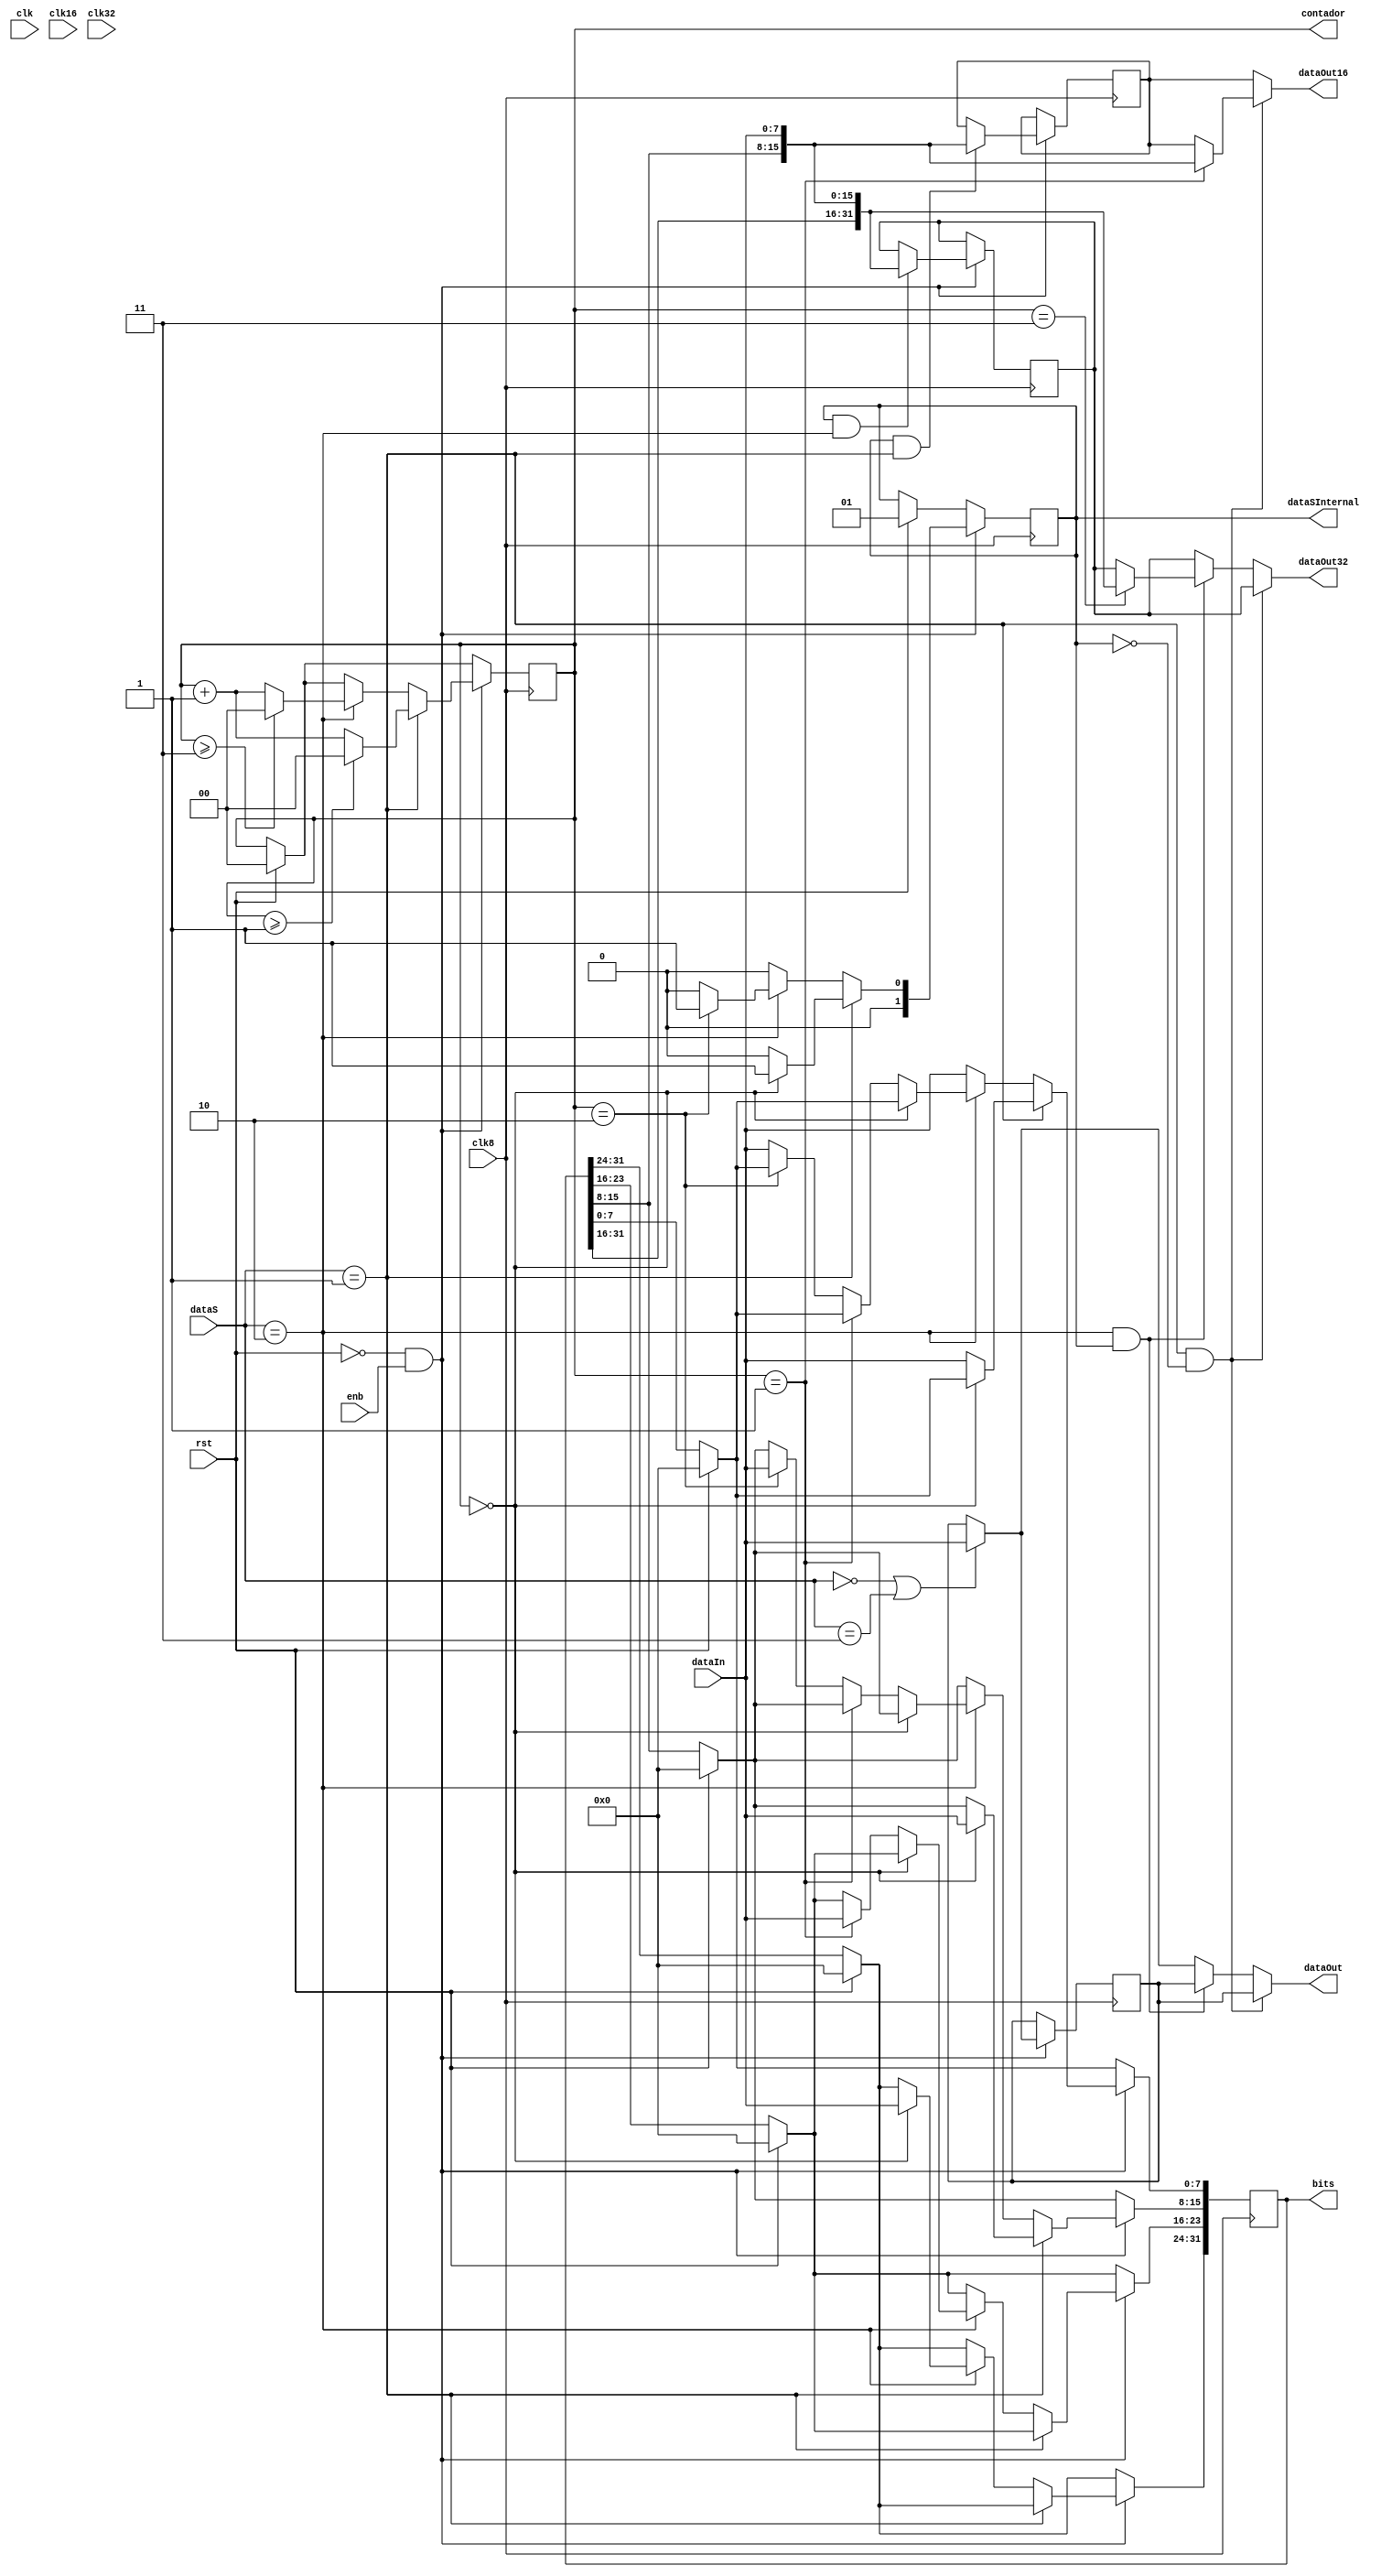
`timescale 1ns/1ps

// convierte una seal seleccionada por dataS de 8 a n bits segun sea el caso.
// dataS = 00 o 11 -> funcionamiento para 8 bits
// dataS = 01 -> funcionamiento para 16 bits
// dataS = 10 -> funcionamiento para 32 bits
module from8bit(
  rst, enb,
  clk, clk8, clk16, clk32,
  dataIn,
  dataS,
  dataOut, dataOut16, dataOut32,
  // estas salidas no son necesarias,
  // se agregan para ver sus ondas en
  // gtkwave
  bits,
  contador,
  dataSInternal
);
  //parametro para selecionar posicion en la memoria de contador
  parameter PwrC=0;

  // Seales bsicas
  input wire rst;
  input wire enb;
  input wire clk;   // reloj con frecuencia mxima(para resets)
  input wire clk8;  // reloj con frecuencia base
  input wire clk16; // reloj con mitad de frecuencia base
  input wire clk32; // reloj con cuarto de frecuencia base

  input wire [7:0] dataIn; // entrada serial de 8 bits
  input wire [1:0] dataS;  // seleccion de cantidad de bits de salida

  output reg [1:0] dataSInternal; // indica cual es la cantidad de bits de salida
                                // por ejemplo, cuando dataS cambia a 01, debe
                                // esperarse 2 clk8 para tener los 16 bits
                                // deseados.

  reg [7:0] dataOutreg;    // salida en modo de 8 bits
  reg [15:0] dataOut16reg; // salida en modo de 16 bits
  reg [31:0] dataOut32reg; // salida en modo de 32 bits

  output reg [7:0] dataOut;    // salida en modo de 8 bits
  output reg [15:0] dataOut16; // salida en modo de 16 bits
  output reg [31:0] dataOut32; // salida en modo de 32 bits

  output reg [31:0] bits;

  reg [7:0] outBits8;
  reg [15:0] outBits16;
  reg [31:0] outBits32;

  output reg [1:0] contador;



  always @ ( * ) begin
    if (dataS == 2'b01 && ~dataSInternal) begin
      dataOut = outBits8;
      dataOut16 = contador == 2'b01 ? {bits[15:8], dataIn} : outBits16;
      dataOut32 = outBits32;
    end else if (dataS == 2'b10 && dataSInternal) begin
      dataOut = outBits8;
      dataOut16 = outBits16;
      dataOut32 = contador == 2'b11 ? {bits[31:8], dataIn} : outBits32;
    end else begin
      dataOut = (dataS == 2'b00 || dataS == 2'b11) ? {dataIn} : outBits8;
      dataOut16 = outBits16;
      dataOut32 = outBits32;
    end
  end

  always @ (posedge clk8) begin
    if (rst) begin
      bits <= 0;
      contador <= 0;
      dataSInternal <= 1;
    end
    if (~rst && enb) begin
      outBits8 <= (dataS == 2'b00 || dataS == 2'b11) ?
                  dataIn : outBits8;
      outBits16 <= dataSInternal && dataS == 2'b01 ?
                   {bits[15:8], dataIn} : outBits16;
      outBits32 <= dataSInternal && dataS == 2'b10 ?
                   {bits[31:8], dataIn} : outBits32;
      if (dataS == 2'b01) begin
        contador <= (contador >= 2'b01) ? 2'b00 : contador + 1;
        dataSInternal <= (contador == 2'b00) ? 1 : 0;
        if (contador == 2'b00) bits[15:8] <= dataIn;
        else                   bits[7:0]  <= dataIn;
      end else if (dataS == 2'b10) begin
        contador <= (contador >= 2'b11) ? 2'b00 : contador + 1;
        dataSInternal <= (contador == 2'b10) ? 1 : 0;
        if (contador == 2'b00)      bits[31:24] <= dataIn;
        else if (contador == 2'b01) bits[23:16] <= dataIn;
        else if (contador == 2'b10) bits[15:8]  <= dataIn;
        else                        bits[7:0]   <= dataIn;
      end else begin
        bits[7:0] <= dataIn;
        dataSInternal <= 0;
      end
    end
  end // always @ (posedge clk8)
endmodule